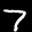
Label: 7